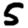
Digit: 5